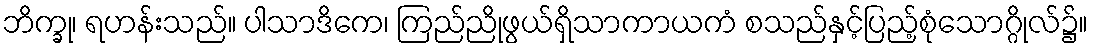
ဘိက္ခု၊ ရဟန်းသည်။ ပါသာဒိကေ၊ ကြည်ညိုဖွယ်ရှိသာကာယကံ စသည်နှင့်ပြည့်စုံသောဂ္ဂိုလ်၌။